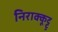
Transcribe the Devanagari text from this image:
निराक्कूट्टू